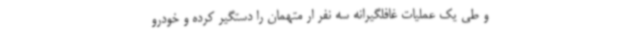
و طی یک عملیات غافلگیرانه سه نفر ار متهمان را دستگیر کرده و خودرو